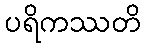
ပရိကဿတိ